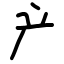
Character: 产